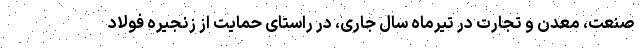
صنعت، معدن و تجارت در تیرماه سال جاری، در راستای حمایت از زنجیره فولاد